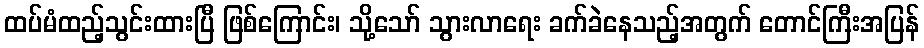
ထပ်မံထည့်သွင်းထားပြီ ဖြစ်ကြောင်း၊ သို့သော် သွားလာရေး ခက်ခဲနေသည့်အတွက် တောင်ကြီးအပြန်